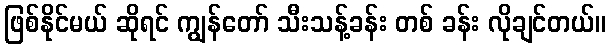
ဖြစ်နိုင်မယ် ဆိုရင် ကျွန်တော် သီးသန့်ခန်း တစ် ခန်း လိုချင်တယ်။